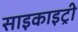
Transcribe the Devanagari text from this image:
साइकाइट्री